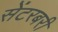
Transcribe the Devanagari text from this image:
सेंटरबरी